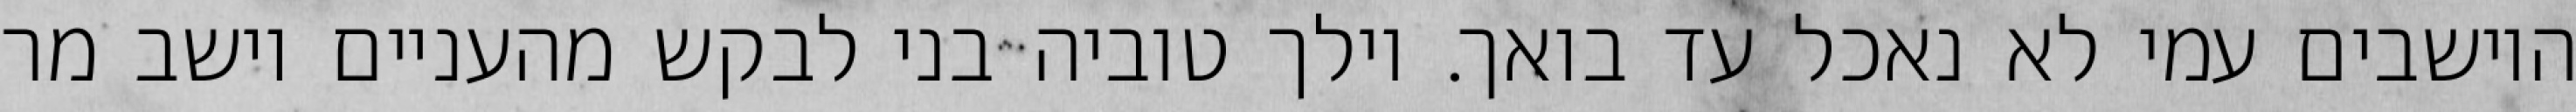
היושבים עמי לא נאכל עד בואך. וילך טוביה בני לבקש מהעניים וישב מר